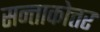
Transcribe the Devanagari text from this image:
सन्ताकोत्तर